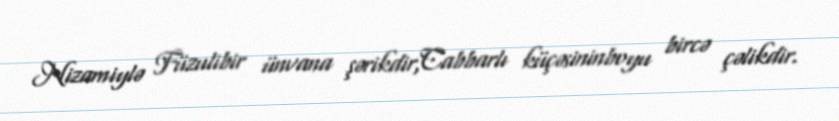
Nizamiylə Füzulibir ünvana şərikdir,Cabbarlı küçəsininboyu bircə çəlikdir.